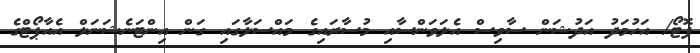
ފޮޓޯ/ އަހުމަދު އަދުޝަން ސާވިސް އެލަވަންސާއި މުސާރައިގެ މައްސަލާގައި ގަން އިންޓަނެޝަނަލް އެއާޕޯޓްގެ